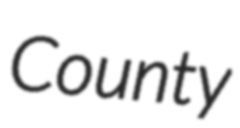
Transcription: County